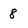
Character: 8